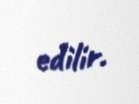
edilir.